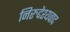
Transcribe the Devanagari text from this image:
निरुद्देश्यवाद